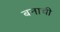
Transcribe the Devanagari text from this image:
बनाची